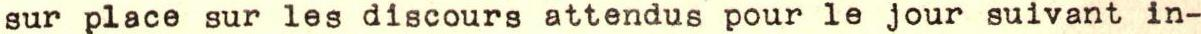
sur place sur les discours attendus pour le jour suivant in-